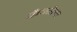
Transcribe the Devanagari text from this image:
फैओला